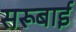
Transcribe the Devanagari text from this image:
सरूबाई